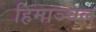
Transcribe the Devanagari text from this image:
हिमाञ्चल